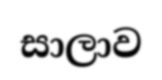
සාලාව